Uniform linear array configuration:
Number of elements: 16
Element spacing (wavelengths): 0.5
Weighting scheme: uniform
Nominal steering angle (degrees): -15
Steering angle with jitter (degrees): -14.742
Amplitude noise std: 0.05
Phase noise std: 0.05

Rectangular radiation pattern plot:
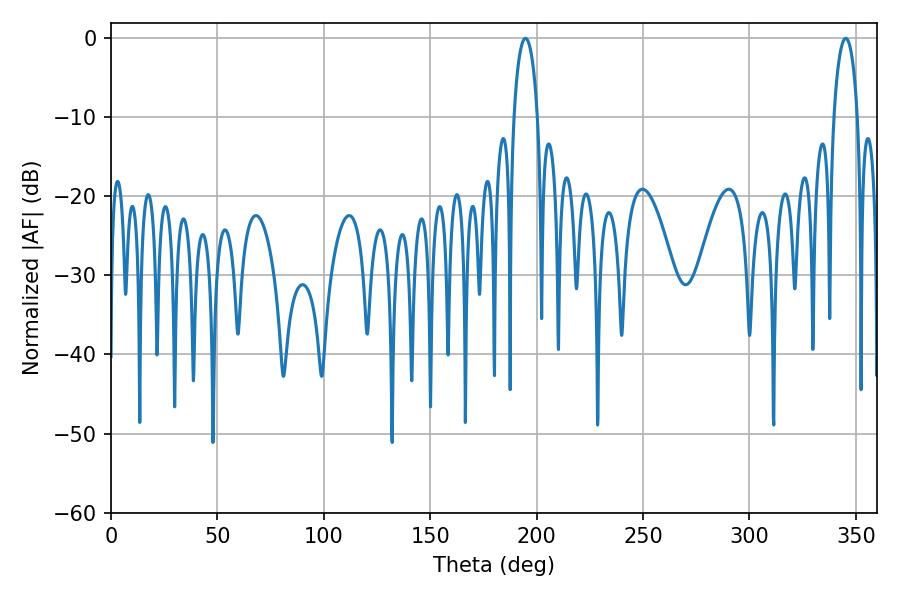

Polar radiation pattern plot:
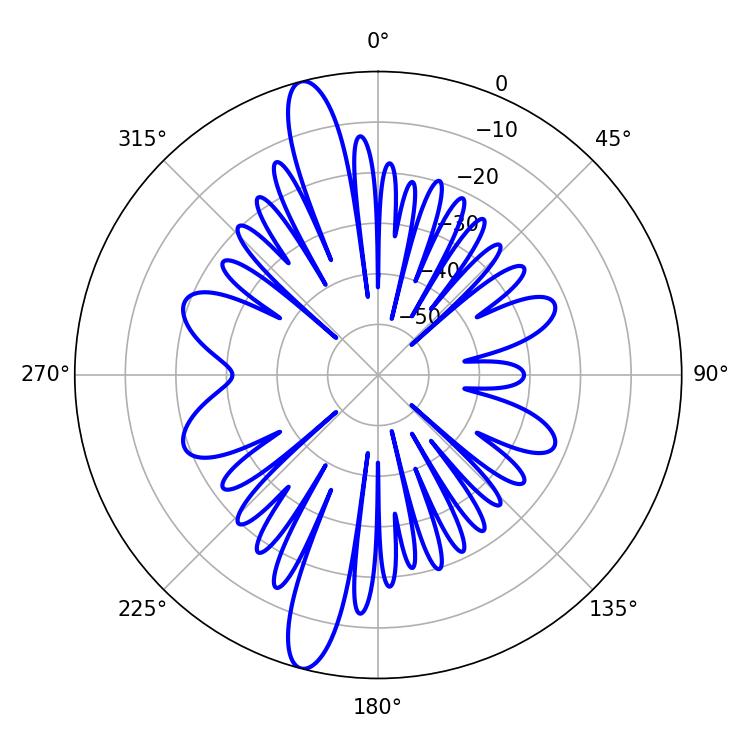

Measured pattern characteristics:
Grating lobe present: FALSE
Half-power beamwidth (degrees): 6.48
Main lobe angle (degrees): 194.76